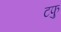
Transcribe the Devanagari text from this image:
टफु